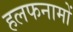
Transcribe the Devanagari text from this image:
हलफनामों